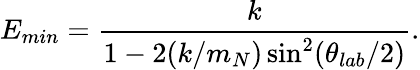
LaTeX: E_{min}={\frac{k}{1-2(k/m_{N})\sin^{2}(\theta_{lab}/2)}}.